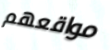
مواقعهم